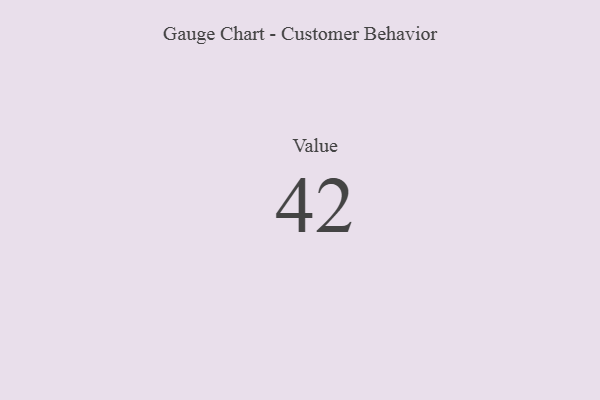
{"axis": {"x": "Metric", "y": "Value"}, "legend": [""], "data": [{"x": "Value", "y": 42, "type": ""}]}